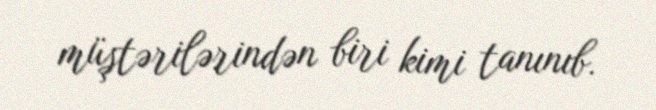
müştərilərindən biri kimi tanınıb.